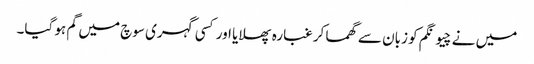
میں نے چیونگم کو زبان سے گھما کر غبارہ پھلایا اور کسی گہری سوچ میں گم ہو گیا۔